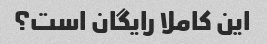
این کاملا رایگان است؟